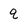
Character: q